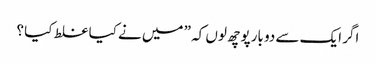
اگر ایک سے دو بارپوچھ لوں کہ ” میں نے کیا غلط کیا ؟